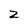
Character: Z